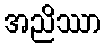
အညိဿာ